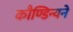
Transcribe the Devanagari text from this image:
कौण्डिन्यने